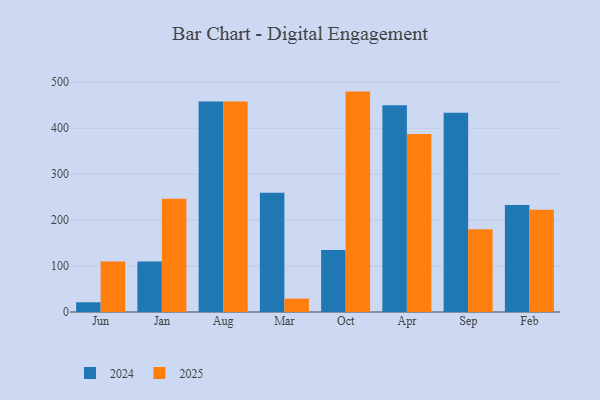
{"axis": {"x": "Month", "y": "Conversion Rate (%)"}, "legend": ["2024", "2025"], "data": [{"x": "Jun", "y": 21.2, "type": "2024"}, {"x": "Jun", "y": 109.8, "type": "2025"}, {"x": "Jan", "y": 109.9, "type": "2024"}, {"x": "Jan", "y": 246.3, "type": "2025"}, {"x": "Aug", "y": 458.4, "type": "2024"}, {"x": "Aug", "y": 457.9, "type": "2025"}, {"x": "Mar", "y": 259.7, "type": "2024"}, {"x": "Mar", "y": 29.2, "type": "2025"}, {"x": "Oct", "y": 134.8, "type": "2024"}, {"x": "Oct", "y": 479.7, "type": "2025"}, {"x": "Apr", "y": 449.9, "type": "2024"}, {"x": "Apr", "y": 387.5, "type": "2025"}, {"x": "Sep", "y": 433.6, "type": "2024"}, {"x": "Sep", "y": 180.1, "type": "2025"}, {"x": "Feb", "y": 232.9, "type": "2024"}, {"x": "Feb", "y": 222.6, "type": "2025"}]}